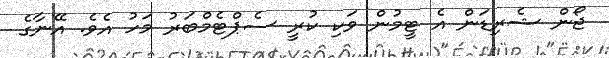
ޖޯން ޝެރިޑަން އެ ޓީމުން ވަކި ކުރީ ސެޕްޓެމްބަރު މަހު އެވެ. އޭނާގެ